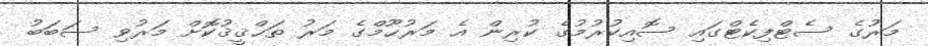
މަރުގެ ސެޓްފިކެޓްގައި ސޮއިކުރުމުގެ ކުރިން އެ މަރުޙޫމްގެ މަރު ތަޙްޤީޤުކޮށް މަރުވި ސަބަބު